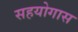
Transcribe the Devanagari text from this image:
सहयोगास